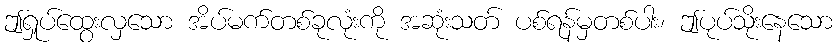
ဤရှုပ်ထွေးလှသော အိပ်မက်တစ်ခုလုံးကို အဆုံးသတ် ပစ်ရန်မှတစ်ပါး၊ ဤပုပ်သိုးနေသော